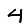
Digit: 4